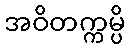
အဝိတက္ကမ္ပိ